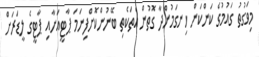
މިވަގުތު ގައުމުގެ ކަންކަން ހިނގަމުންދާ ގޮތުން އެތަކެތި ބޭނުންކޮށްފިނަމަ ޕާޓީއަށާއި ޕާޓީގެ ލީޑަރަށް